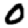
Digit: 0